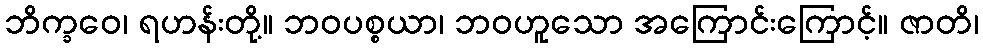
ဘိက္ခဝေ၊ ရဟန်းတို့။ ဘဝပစ္စယာ၊ ဘဝဟူသော အကြောင်းကြောင့်။ ဇာတိ၊